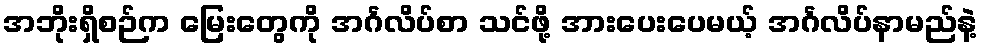
အဘိုးရှိစဉ်က မြေးတွေကို အင်္ဂလိပ်စာ သင်ဖို့ အားပေးပေမယ့် အင်္ဂလိပ်နာမည်နဲ့